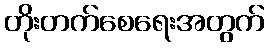
တိုးတက်စေရေးအတွက်